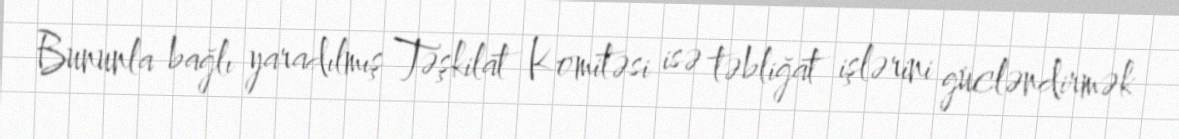
Bununla bağlı yaradılmış Təşkilat Komitəsi isə təbliğat işlərini gücləndirmək